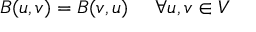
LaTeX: B ( u , v ) = B ( v , u ) \ \quad \forall u , v \in V